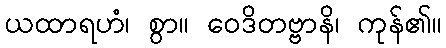
ယထာရဟံ၊ စွာ။ ဝေဒိတဗ္ဗာနိ၊ ကုန်၏။